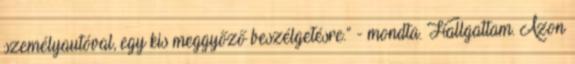
személyautóval, egy kis meggyőző beszélgetésre.” - mondta. Hallgattam. Azon